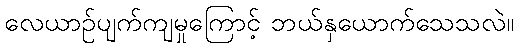
လေယာဉ်ပျက်ကျမှုကြောင့် ဘယ်နှယောက်သေသလဲ။